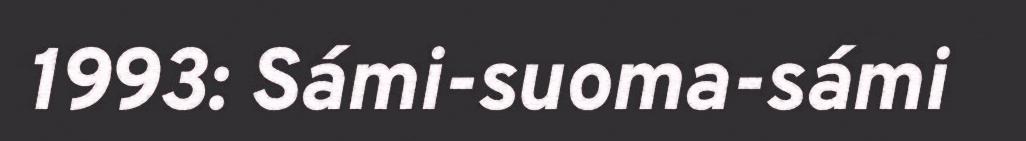
1993: Sámi-suoma-sámi